Indian journal of veterinary science and animal husbandry - Volume 6,
Year: 1936
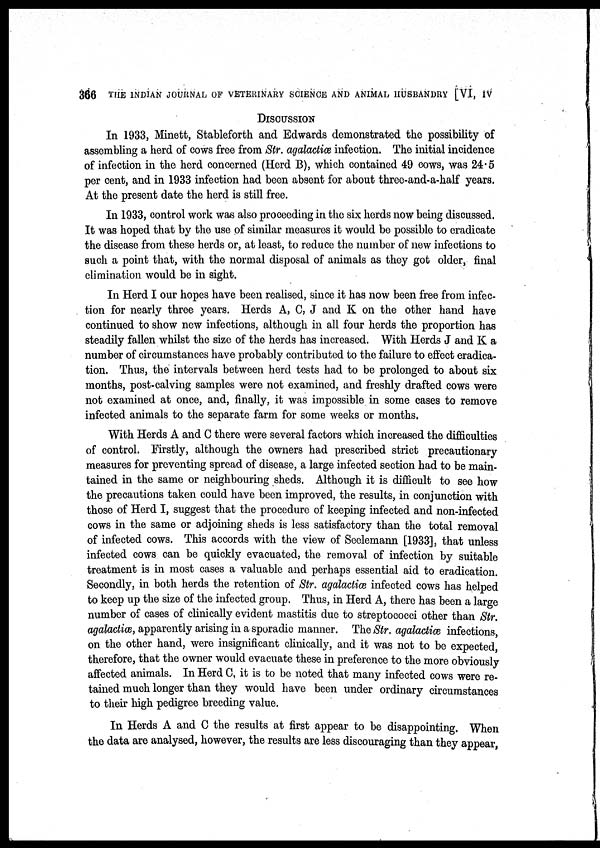
366 THE INDIAN JOURNAL OF VETERINARY SCIENCE AND ANIMAL HUSBANDRY [VI, IV
DISCUSSION
In 1933, Minett, Stableforth and Edwards demonstrated the possibility of
assembling a herd of cows free from Str. agalactiæ infection. The initial incidence
of infection in the herd concerned (Herd B), which contained 49 cows, was 24.5
per cent, and in 1933 infection had been absent for about three-and-a-half years.
At the present date the herd is still free.
In 1933, control work was also proceeding in the six herds now being discussed.
It was hoped that by the use of similar measures it would be possible to eradicate
the disease from these herds or, at least, to reduce the number of new infections to
such a point that, with the normal disposal of animals as they got older, final
elimination would be in sight.
In Herd I our hopes have been realised, since it has now been free from infec-
tion for nearly three years. Herds A, C, J and K on the other hand have
continued to show new infections, although in all four herds the proportion has
steadily fallen whilst the size of the herds has increased. With Herds J and K a
number of circumstances have probably contributed to the failure to effect eradica-
tion. Thus, the intervals between herd tests had to be prolonged to about six
months, post-calving samples were not examined, and freshly drafted cows were
not examined at once, and, finally, it was impossible in some cases to remove
infected animals to the separate farm for some weeks or months.
With Herds A and C there were several factors which increased the difficulties
of control. Firstly, although the owners had prescribed strict precautionary
measures for preventing spread of disease, a large infected section had to be main-
tained in the same or neighbouring sheds. Although it is difficult to see how
the precautions taken could have been improved, the results, in conjunction with
those of Herd I, suggest that the procedure of keeping infected and non-infected
cows in the same or adjoining sheds is less satisfactory than the total removal
of infected cows. This accords with the view of Seelemann [1933], that unless
infected cows can be quickly evacuated, the removal of infection by suitable
treatment is in most cases a valuable and perhaps essential aid to eradication.
Secondly, in both herds the retention of Str. agalactiæ infected cows has helped
to keep up the size of the infected group. Thus, in Herd A, there has been a large
number of cases of clinically evident mastitis due to streptococci other than Str.
agalactiæ, apparently arising in a sporadic manner. The Str. agalactiæ infections,
on the other hand, were insignificant clinically, and it was not to be expected,
therefore, that the owner would evacuate these in preference to the more obviously
affected animals. In Herd C, it is to be noted that many infected cows were re-
tained much longer than they would have been under ordinary circumstances
to their high pedigree breeding value.
In Herds A and C the results at first appear to be disappointing. When
the data are analysed, however, the results are less discouraging than they appear,